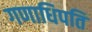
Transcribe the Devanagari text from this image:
गणाधिपति